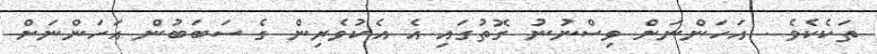
ތަކެކެވެ . އަހަންނަށް ވިސްނުނު ގޮތުގައި އެ އެކުވެރިން ގެ ސަބަބުން އަހަންނަށް